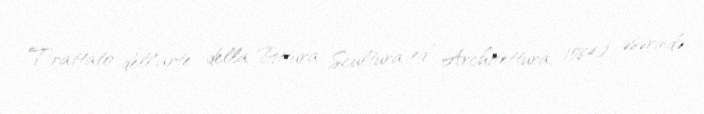
Trattato dell'arte della Pittura Scultura ed Architettura, 1584) əsərində